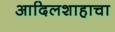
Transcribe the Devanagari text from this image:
आदिलशाहाचा